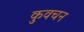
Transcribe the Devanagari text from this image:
कुवचन